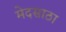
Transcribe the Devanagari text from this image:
मेदसाठा